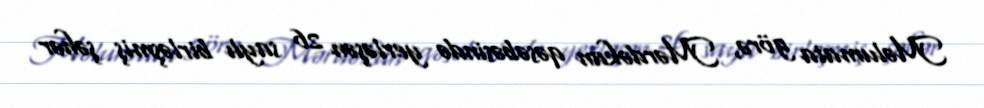
Məlumata görə, Mərdəkan qəsəbəsində yerləşən 26 saylı birləşmiş şəhər